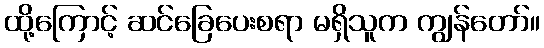
ထို့ကြောင့် ဆင်ခြေပေးစရာ မရှိသူက ကျွန်တော်။